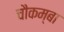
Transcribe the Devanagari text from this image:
चौकम्‍बा